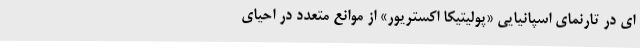
ای در تارنمای اسپانیایی «پولیتیکا اکستریور» از موانع متعدد در احیای